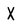
Character: X